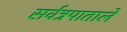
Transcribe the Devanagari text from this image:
सर्वत्रपाताले